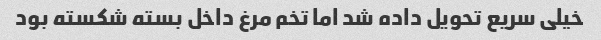
خیلی سریع تحویل داده شد اما تخم مرغ داخل بسته شکسته بود